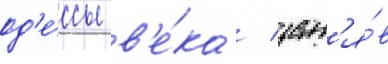
од'е́ссы в'е́ка / зан'я́в